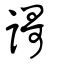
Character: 謌